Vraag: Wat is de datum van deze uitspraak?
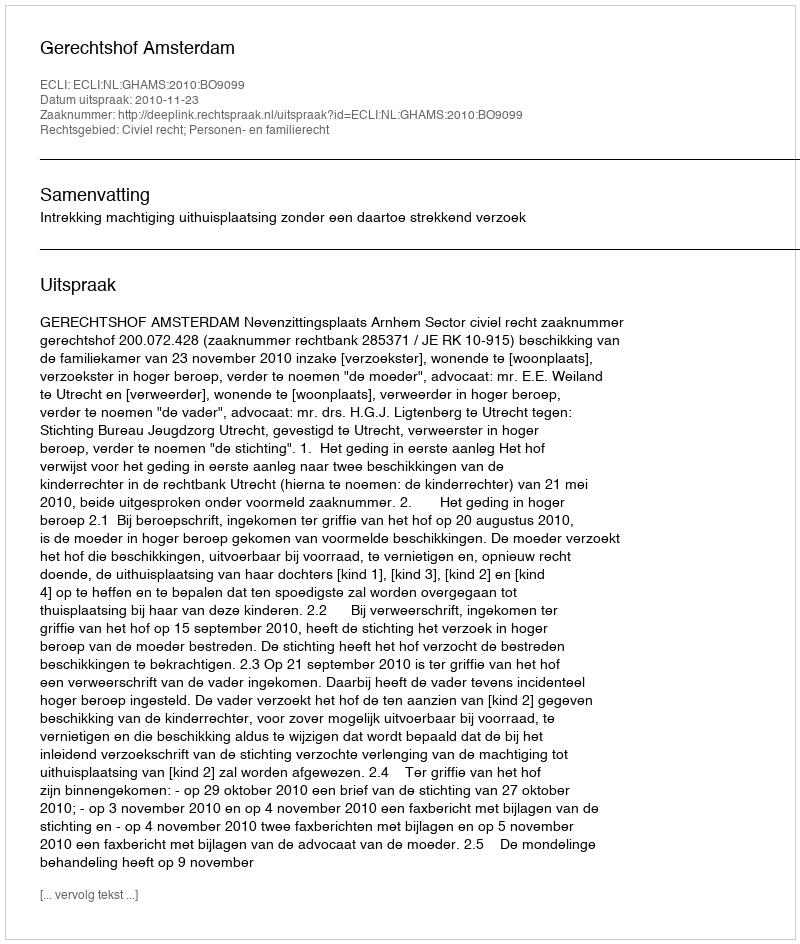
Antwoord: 2010-11-23